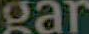
gar